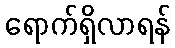
ရောက်ရှိလာရန်